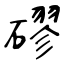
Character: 磟